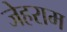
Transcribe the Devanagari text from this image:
जेहराम